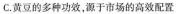
C.黄豆的多种功效，源于市场的高效配置